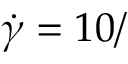
\dot { \gamma } = 1 0 /